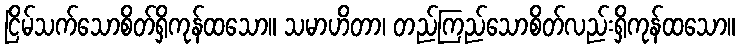
ငြိမ်သက်သောစိတ်ရှိကုန်ထသော။ သမာဟိတာ၊ တည်ကြည်သောစိတ်လည်းရှိကုန်ထသော။